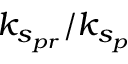
k _ { s _ { p r } } / k _ { s _ { p } }